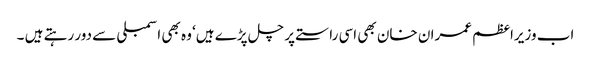
اب وزیراعظم عمران خان بھی اسی راستے پر چل پڑے ہیں‘ وہ بھی اسمبلی سے دور رہتے ہیں ۔